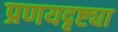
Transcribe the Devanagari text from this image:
प्रणयदृष्ट्या